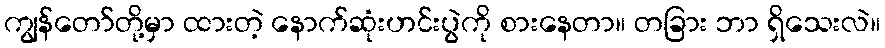
ကျွန်တော်တို့မှာ ထားတဲ့ နောက်ဆုံးဟင်းပွဲကို စားနေတာ။ တခြား ဘာ ရှိသေးလဲ။